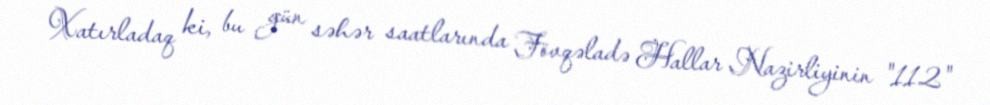
Xatırladaq ki, bu gün səhər saatlarında Fövqəladə Hallar Nazirliyinin "112"